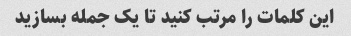
این کلمات را مرتب کنید تا یک جمله بسازید